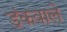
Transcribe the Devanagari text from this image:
डंकवाले